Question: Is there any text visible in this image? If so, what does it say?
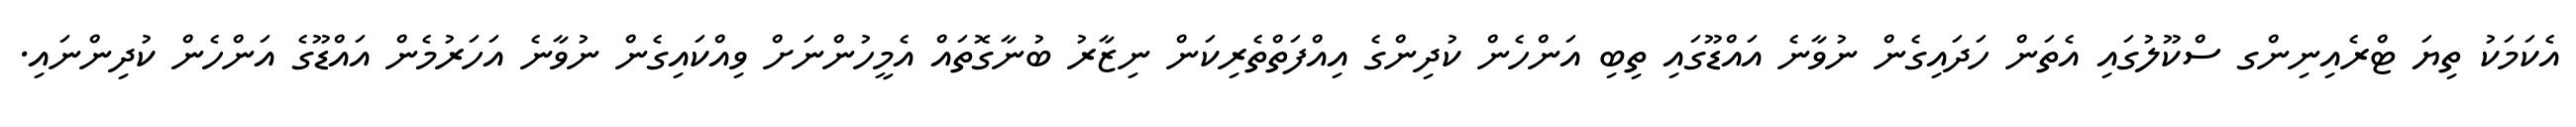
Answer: އެކަމަކު ތިޔަ ޓްރެއިނިންގ ސްކޫލުގައި އެތަން ހަދައިގެން ނުވާނެ އައްޑޫގައި ތިބި އަންހެން ކުދިންގެ އިއްފަތްތެރިކަން ނިޒާރު ބުނާގޮތައް އެމީހުންނަށް ވިއްކައިގެން ނުވާނެ އަހަރުމެން އައްޑޫގެ އަންހެން ކުދިންނައި.